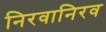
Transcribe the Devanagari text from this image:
निरवानिरव